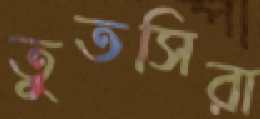
তুতসিরা